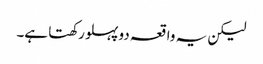
لیکن یہ واقعہ دو پہلو رکھتا ہے۔